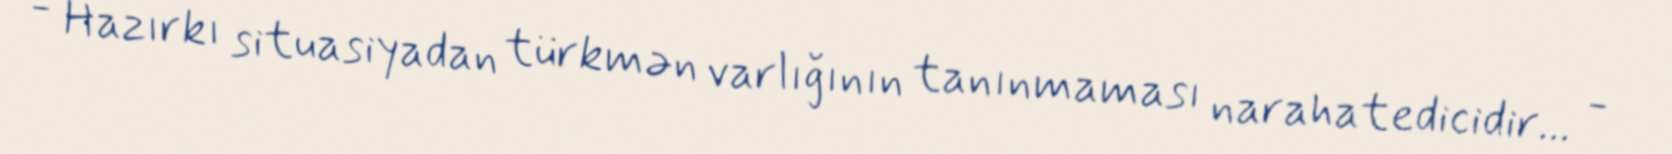
- Hazırkı situasiyadan türkmən varlığının tanınmaması narahatedicidir... -